Annual report of lunatic asylums [Bombay] - 1912-1922
Year: 1912
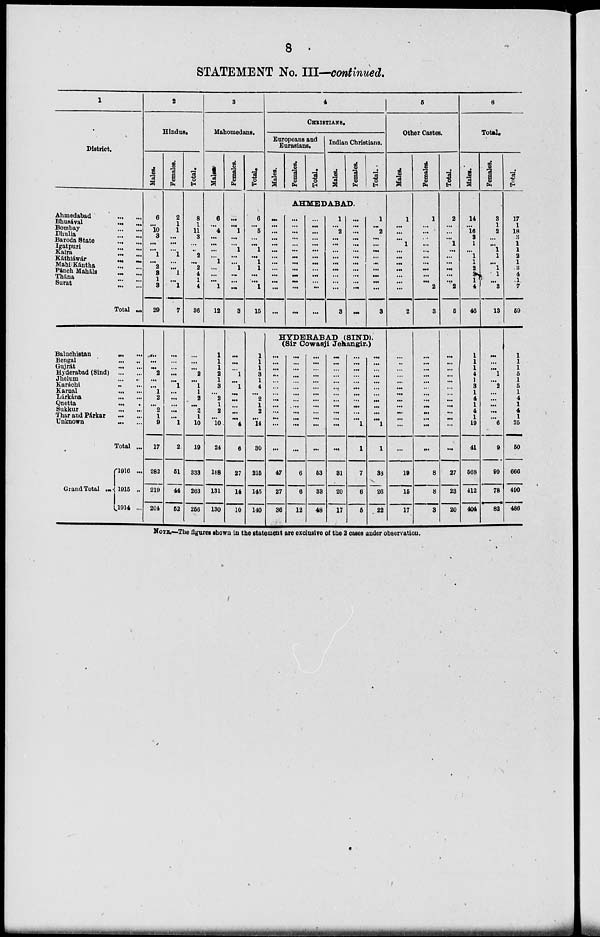
8
STATEMENT No. III—continued.
1
District.
Ahmedabad
...
...
Bhusával
...
...
Bombay
...
...
Dhulia ... ...
Baroda State
...
...
Igatpuri
...
...
Kaira
...
...
Káthiáwár
...
...
MahilKántha ... ...
Pánch Maháls ... ...
Thána... ...
Surat ... ...
Total ...
Baluchistan ... ...
Bengal
...
...
Gujrát
...
...
Hyderabad (Sind) ... ...
Jhelum
...
...
Karáchi
...
...
Karnal
...
...
Lárkána
...
...
Quetta
...
...
Sukkur
...
...
Thar and Párkar ... ...
Unknown
...
...
Total ...
Grand Total ...
1916 ...
1915 ...
1914 ...
2
Hindus.
Males.
6
...
10
3
...
...
1
...
2
3
1
3
29
...
...
...
2
...
...
1
2
...
2
1
9
17
282
219
204
Females.
2
...
1
...
...
...
1
...
...
1
...
1
7
...
...
...
...
...
1
...
...
...
...
...
1
2
51
44
52
Total.
8
1
11
3
...
...
2
...
2
4
1 4
36
...
...
...
2
...
1
1
2
...
2
1
10
19
333
263
256
3
Mahomedans.
Males.
6
...
4
...
...
...
...
1
...
...
...
1
12
1
1
1
2
1
3
...
2
1
2
...
10
24
188
131
130
Females.
...
...
1
...
...
1
... ...
1
...
... ...
3
...
...
...
1
...
1
...
...
...
...
...
4
6
27
14
10
Total.
6
...
5
...
...
1
... 1
1
...
...
1
15
1
1
1
3
1
4
...
2
1
2
...
14
30
215
145
140
4
CHRISTIANS.
Europeans and
Eurasians.
Males.
Females.
Total.
Indian Christians.
Males.
Females.
Total.
AHMEDABAD.
...
...
...
...
...
...
... ...
...
...
...
...
...
...
...
...
...
...
...
...
...
...
...
...
...
...
...
...
...
...
...
...
...
...
...
...
...
...
...
1
...
2
...
...
...
...
...
...
...
...
...
3
...
...
...
...
...
...
...
...
...
...
...
...
...
1
...
2
...
...
...
...
...
...
...
...
...
3
HYDERABAD (SIND).
(Sir Cowasji Jehangir.)
...
...
...
...
...
...
...
...
...
...
...
...
...
47
27
36
...
...
...
...
...
...
...
...
...
...
...
...
...
6
6
12
...
...
...
...
...
...
...
...
...
...
...
...
...
53
33
48
...
...
...
...
...
...
...
...
...
...
...
...
...
31
20
17
...
...
...
...
...
...
...
...
...
...
...
1
1
7
6
5
...
...
...
...
...
...
...
...
...
...
...
1
1
33
26
22
5
Other Castes.
Males.
1
...
...
...
1
...
... ...
...
...
... ...
2
...
...
...
...
...
...
...
...
...
...
...
...
...
19
15
17
Females.
1
...
...
...
...
...
...
...
...
...
... 2
3
...
...
...
...
...
...
...
...
...
...
...
...
...
8
8
3
Total.
2
...
...
...
1
...
... ...
...
...
... 2
5
...
...
...
...
...
...
...
...
...
...
...
...
...
27
23
20
6
Total.
Males.
14
...
16
3
1
...
1
1
2
3
1
4
46
1
1
1
4
1
3
1
4
1
4
1
19
41
568
412
404
Females.
3
1
3
...
...
1
1
...
1
1
... 3
13
...
...
...
1
...
2
...
...
...
...
...
6
9
99
78
82
Total.
17
1
18
3
1
1
2
1
3
4
1
7
59
1
1
1
5
1
5
1
4
1
4
1
25
50
666
490
486
NOTE.—The figures shown in the statement are exclusive of the 2 cases under observation.